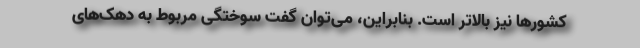
کشورها نیز بالاتر است. بنابراین، می‌توان گفت سوختگی مربوط به دهک‌های